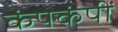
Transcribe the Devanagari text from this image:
कंपकंपीं